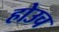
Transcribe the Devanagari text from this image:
होउच